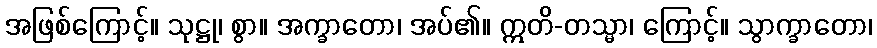
အဖြစ်ကြောင့်။ သုဋ္ဌု၊ စွာ။ အက္ခာတော၊ အပ်၏။ ဣတိ-တသ္မာ၊ ကြောင့်။ သွာက္ခာတော၊